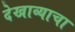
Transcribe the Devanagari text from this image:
देखाव्याचा